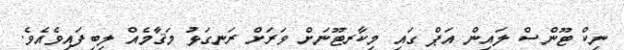
ނިކް ޓޫންސް ލައިން އަޕް ގައި މިކާރޓޫނަށް ވަރަށް ރަނގަޅު މަޤާމެއް ލިބިފައިވެއެވެ.